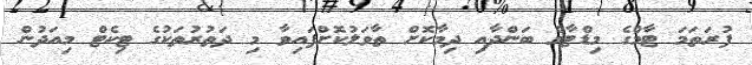
ފުރަތަމަ ޓާމްގެ މިޑްޓާމް ބަންދާއި ދިމާކޮށް ތާވަލުކޮށްފައިވާ މި ދަތުރުތަކުގެ ޓިކެޓް މިއަދުން